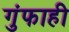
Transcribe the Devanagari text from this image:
गुंफाही